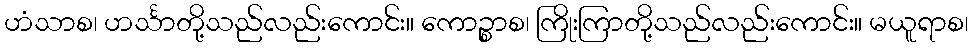
ဟံသာစ၊ ဟင်္သာတို့သည်လည်းကောင်း။ ကောဉ္စာစ၊ ကြိုးကြာတို့သည်လည်းကောင်း။ မယူရာစ၊